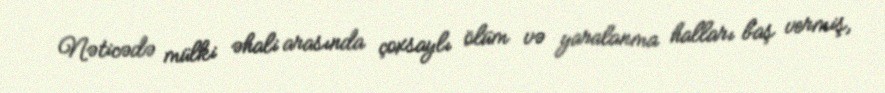
Nəticədə mülki əhali arasında çoxsaylı ölüm və yaralanma halları baş vermiş,